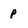
Character: p